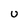
Character: U